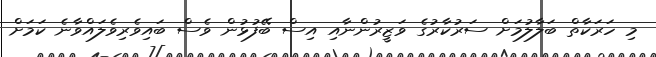
މި ހަރަކާތް ބަލާލުމަށް ސަރުކާރުގެ ވަޒީރުންނާއި އިސް ބޭފުޅުން ވެސް ބައިވެރިވެލައްވާނެ ކަމަށް